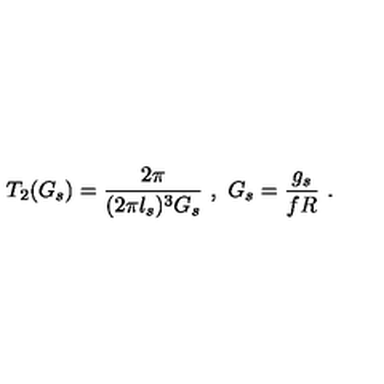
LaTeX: T _ { 2 } ( G _ { s } ) = \frac { 2 \pi } { ( 2 \pi l _ { s } ) ^ { 3 } G _ { s } } \ , \ G _ { s } = \frac { g _ { s } } { f R } \ .